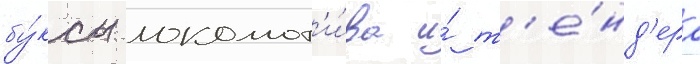
бу́ксы локомот'и́ва и́ т'е́нд'ера